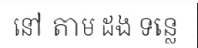
នៅ តាម ដង ទន្លេ